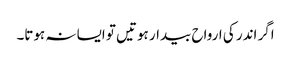
اگر اندر کی ارواح بیدار ہوتیں تو ایسا نہ ہوتا۔